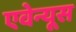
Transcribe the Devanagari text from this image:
एवेन्यूस